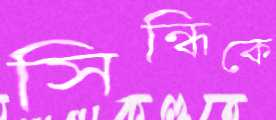
সিন্ধিকে